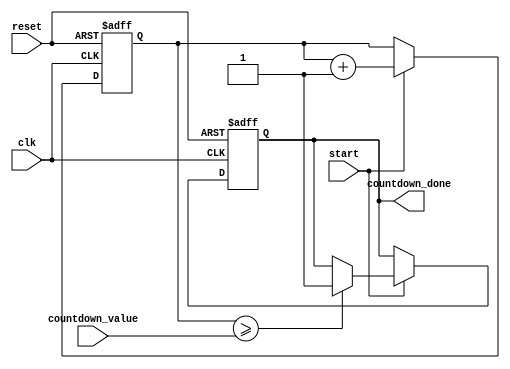
module CountdownTimer (
  input wire clk,
  input wire reset,
  input wire start,
  input wire [31:0] countdown_value,
  output reg countdown_done
);

reg [31:0] timer;

always @(posedge clk or posedge reset) begin
  if (reset) begin
    timer <= 0;
    countdown_done <= 0;
  end
  else if (start) begin
    timer <= timer + 1;
    
    if (timer >= countdown_value) begin
      countdown_done <= 1;
    end
  end
end

endmodule